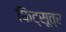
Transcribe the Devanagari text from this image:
फिट्सूत्र